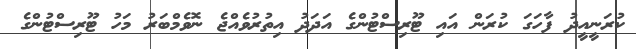
ކުރަނީއީދު ފާހަގަ ކުރަން އައި ޓޫރިސްޓުންގެ އަދަދު އިތުރުވެއްޖެ ނޮވެމްބަރު މަހު ޓޫރިސްޓުންގެ